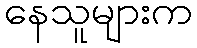
နေသူများက